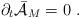
LaTeX: \begin{align*}{\partial}_t \bar{\cal{A}}_M = 0\ .\end{align*}